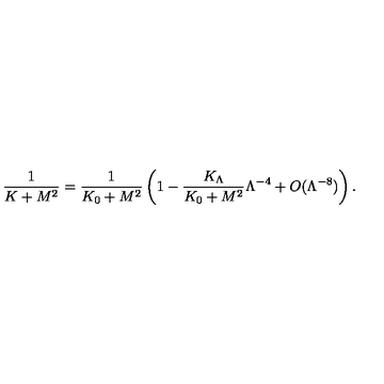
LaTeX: \frac { 1 } { K + M ^ { 2 } } = \frac { 1 } { K _ { 0 } + M ^ { 2 } } \left( 1 - \frac { K _ { \Lambda } } { K _ { 0 } + M ^ { 2 } } \Lambda ^ { - 4 } + O ( \Lambda ^ { - 8 } ) \right) .